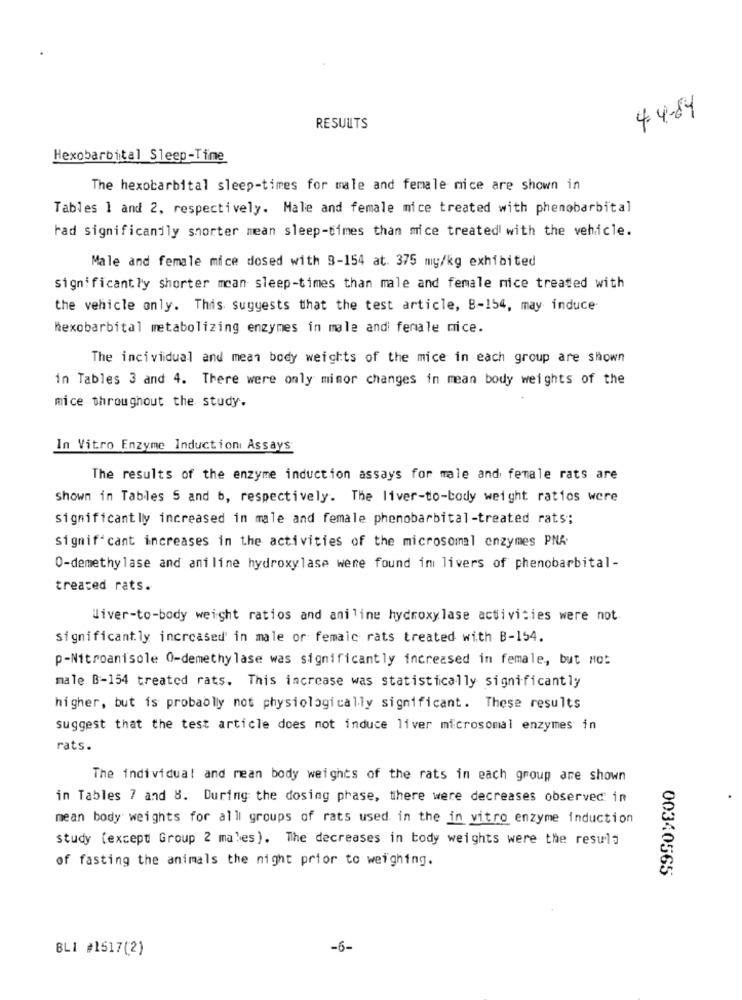
4-4-84
RESULTS
Hexobarbital Sleep-Time
The hexobarbital sleep-times for male and female nice are shown in
Tables 1 and 2, respectively. Male and female mice treated with phenobarbital
rad significantly shorter mean sleep-times than mice treated with the vehicle.
Male and female mice dosed with 3-154 at. 375 mg/kg exhibited
significantly shorter mcan sleep-times than male and female nice treated with
the vehicle only. This suggests that the test article, B-154, may induce
Nexobarbital metabolizing enzymes in male and female mice.
The incividual and mean body weights of the mice in each group are shown
in Tables 3 and 4. There were only minor changes in mean body weights of the
mice throughout the study.
In Vitro Enzyme Induction Assays
The results of the enzyme induction assays for male and female rats are
Shown in Tables 5 and b, respectively. The liver-to-body weight ratios were
significantly increased in male and female phenobarbital-treated rats;
significant increases in the activities of the microsomal enzymes PNA
0-demethylase and aniline hydroxylase were found in livers of phenobarbital-
treated rats.
liver-to-body weight ratios and aniline hydroxylase activities were not.
significantly increased' in male or femaic rats treated with B-154.
p-Nitroanisole 0-demethylase was significantly increased in female, but No:
male B-154 treated rats. This increase was statistically significantly
higher, but is probably not physiologically significant. These results
suggest that the test article does not induce liver microsomal enzymes in
rats.
The individual and mean body weights of the rats in each group are shown
in Tables 7 and 8. During the dosing phase, there were decreases observed in
mean body weights for all groups of rats used in the in vitro enzyme induction
study (except Group 2 males). The decreases in body weights were the resula
of fasting the animals the night prior to weighing.
00340565
BLI #1517(2)
-6-